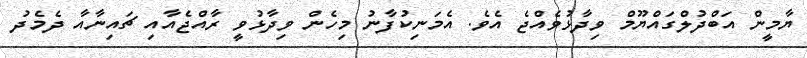
ޔާމީން އަބްދުލްގައްޔޫމް ވިދާޅުވެއްޖެ އެވެ. އެމަނިކުފާނު މިހެން ވިދާޅުވީ ރާއްޖެއާއި ޗައިނާއާ ދެމެދު